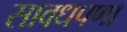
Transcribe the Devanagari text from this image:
सावधपणा